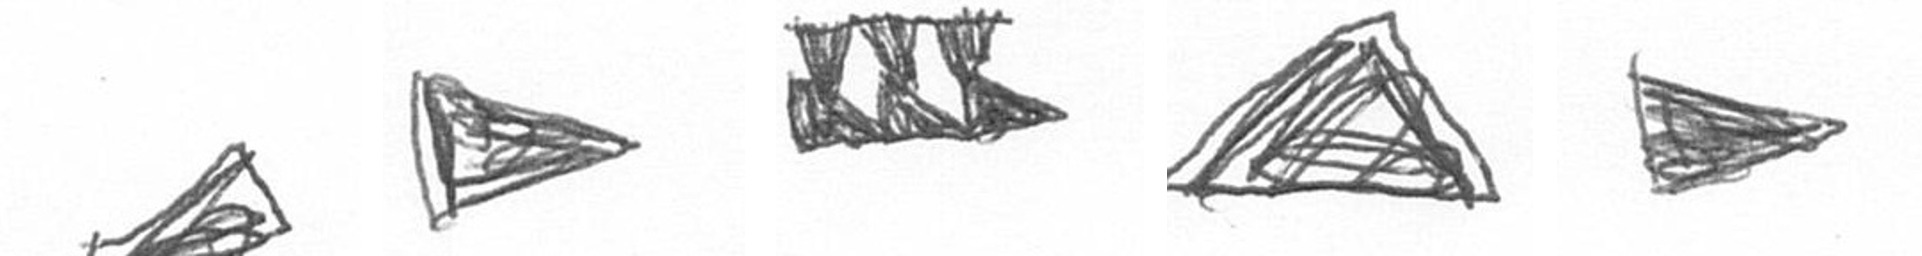
O T D O T